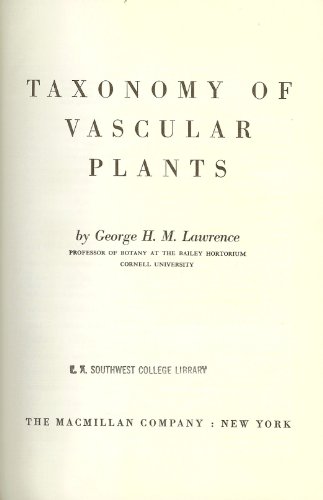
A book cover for TAXONOMY OF VASCULAR PLANTS; Science & Math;